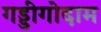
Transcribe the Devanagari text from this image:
गड्डीगोदाम